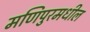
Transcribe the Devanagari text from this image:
मणिपुरमधील